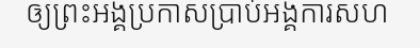
ឲ្យព្រះអង្គប្រកាសប្រាប់អង្គការសហ